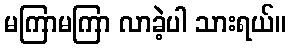
မကြာမကြာ လာခဲ့ပါ သားရယ်။